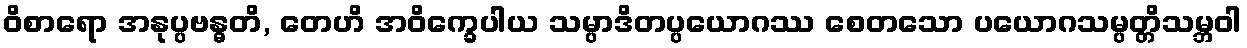
ဝိစာရော အနုပ္ပဗန္ဓတိ, တေဟိ အဝိက္ခေပါယ သမ္ပာဒိတပ္ပယောဂဿ စေတသော ပယောဂသမ္ပတ္တိသမ္ဘဝါ